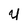
Character: u